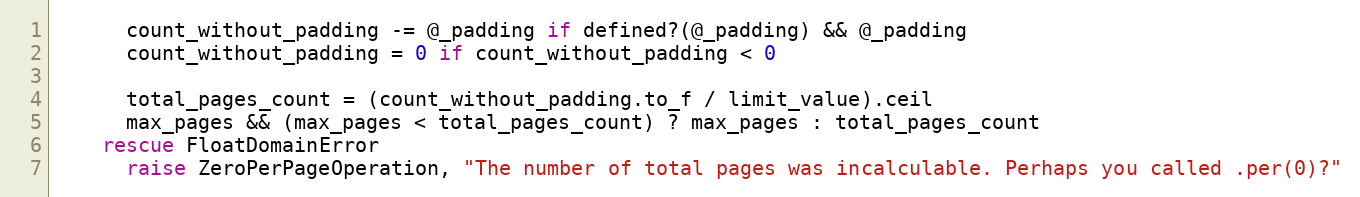
Language: Ruby
      count_without_padding -= @_padding if defined?(@_padding) && @_padding
      count_without_padding = 0 if count_without_padding < 0

      total_pages_count = (count_without_padding.to_f / limit_value).ceil
      max_pages && (max_pages < total_pages_count) ? max_pages : total_pages_count
    rescue FloatDomainError
      raise ZeroPerPageOperation, "The number of total pages was incalculable. Perhaps you called .per(0)?"